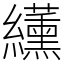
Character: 䌲